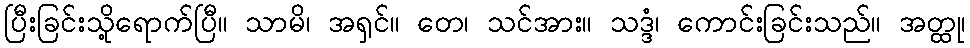
ပြီးခြင်းသို့ရောက်ပြီ။ သာမိ၊ အရှင်။ တေ၊ သင်အား။ သဒ္ဒံ၊ ကောင်းခြင်းသည်။ အတ္ထု၊